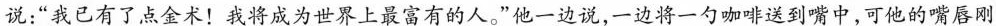
说：”我已有了点金术！我将成为世界上最富有的人。”他一边说，一边将一勺咖啡送到嘴中，可他的嘴唇刚